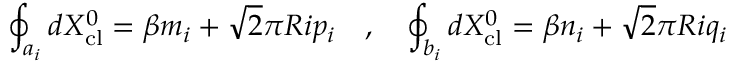
\oint _ { a _ { i } } d X _ { \mathrm { c l } } ^ { 0 } = \beta m _ { i } + \sqrt { 2 } \pi R i p _ { i } ~ ~ ~ , ~ ~ ~ \oint _ { b _ { i } } d X _ { \mathrm { c l } } ^ { 0 } = \beta n _ { i } + \sqrt { 2 } \pi R i q _ { i }